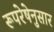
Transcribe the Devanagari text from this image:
रूपरेषेनुसार